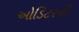
ઓડિટરની